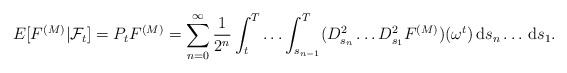
\begin{align*}E[F^{(M)}|\mathcal{F}_{t}]=P_{t}F^{(M)}=\sum_{n=0}^{\infty }\frac{1}{2^{n}}\int_{t}^{T}\ldots\int_{s_{n-1}}^{T}(D_{s_{n}}^{2}\ldots D_{s_{1}}^{2}F^{(M)})(\omega ^{t})\,\mathrm{d}s_{n}\ldots \,\mathrm{d}s_{1}.\end{align*}